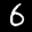
Label: 6